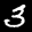
Label: 3